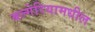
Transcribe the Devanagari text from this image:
बल्गेरियामधील